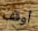
أوقف